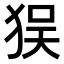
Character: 𤝲